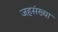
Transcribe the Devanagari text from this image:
जहसंख्या